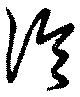
伶